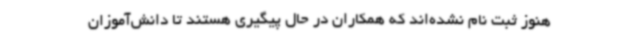
هنوز ثبت نام نشده‌اند که همکاران در حال پیگیری هستند تا دانش‌آموزان